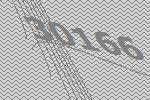
30166